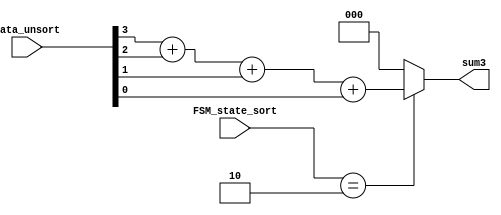
//41bit3bit
module adder1(
    input [3:0] data_unsort, //?
    input [2:0] FSM_state_sort, //?

    output wire [2:0] sum3
);

localparam	Sort	= 3'b010; //?

assign sum3 =(FSM_state_sort == Sort) ? (data_unsort[3] + data_unsort[2] + data_unsort[1] + data_unsort[0]) : 0;

endmodule